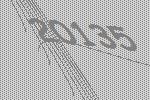
20135